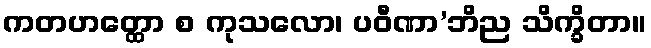
ကတဟတ္ထော စ ကုသလော၊ ပဝီဏာ’ဘိည သိက္ခိတာ။